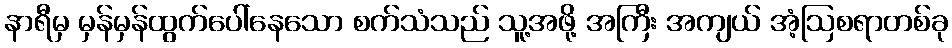
နာရီမှ မှန်မှန်ထွက်ပေါ်နေသော စက်သံသည် သူ့အဖို့ အကြီး အကျယ် အံ့ဩစရာတစ်ခု